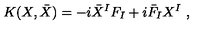
K ( X , \bar { X } ) = - i { \bar { X } } ^ { I } F _ { I } + i { \bar { F } } _ { I } X ^ { I } \ ,